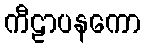
ကီဠာပနကော